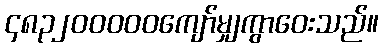
၄၈၃၂၀၀၀၀၀ကျော်မျှကွာဝေးသည်။